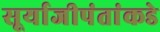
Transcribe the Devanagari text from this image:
सूर्याजीपंतांकडे